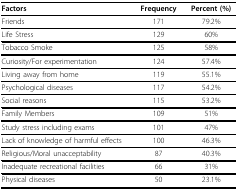
<table><thead><tr><td><b>Factors</b></td><td><b>Frequency</b></td><td><b>Percent (%)</b></td></tr></thead><tbody><tr><td>Friends</td><td>171</td><td>79.2%</td></tr><tr><td>Life Stress</td><td>129</td><td>60%</td></tr><tr><td>Tobacco Smoke</td><td>125</td><td>58%</td></tr><tr><td>Curiosity/For experimentation</td><td>124</td><td>57.4%</td></tr><tr><td>Living away from home</td><td>119</td><td>55.1%</td></tr><tr><td>Psychological diseases</td><td>117</td><td>54.2%</td></tr><tr><td>Social reasons</td><td>115</td><td>53.2%</td></tr><tr><td>Family Members</td><td>109</td><td>51%</td></tr><tr><td>Study stress including exams</td><td>101</td><td>47%</td></tr><tr><td>Lack of knowledge of harmful effects</td><td>100</td><td>46.3%</td></tr><tr><td>Religious/Moral unacceptability</td><td>87</td><td>40.3%</td></tr><tr><td>Inadequate recreational facilities</td><td>66</td><td>31%</td></tr><tr><td>Physical diseases</td><td>50</td><td>23.1%</td></tr></tbody></table>